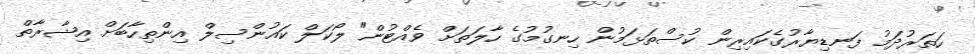
ހަތަރުދަމު ފަނޑިޔާރުގެކައިރިން ކުސްތަޅަމުން ހިނގުމުގެ ހާލަތަށް ވެއްޓުން" ލޯކަލް ކައުންސިލް އިންތިހާބަށް އިޝާރާތް